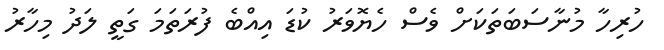
ހުރިހާ މުނާސަބަތަކަށް ވެސް ހެޔޮވަރު ކުޑަ އިއްބެ ފުރަތަމަ ގަތީ ލަދު މިހާރު